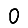
Digit: 0